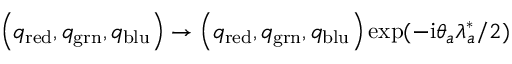
\left( q _ { \mathrm { r e d } } , q _ { \mathrm { g r n } } , q _ { \mathrm { b l u } } \right) \rightarrow \left( q _ { \mathrm { r e d } } , q _ { \mathrm { g r n } } , q _ { \mathrm { b l u } } \right) \exp ( - \mathrm { i } \theta _ { a } \lambda _ { a } ^ { \ast } / 2 )